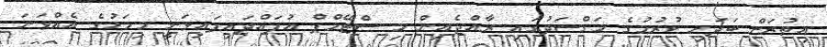
އިތުރަށް ބަދަހި ކުރުމުގެ މަގްސަދުގައި ރާއްޖެއިން މި ސްޓޭމްޕް އުފައްދައިފައިވަނީ މިމަހުގެ އެއްވަނަ